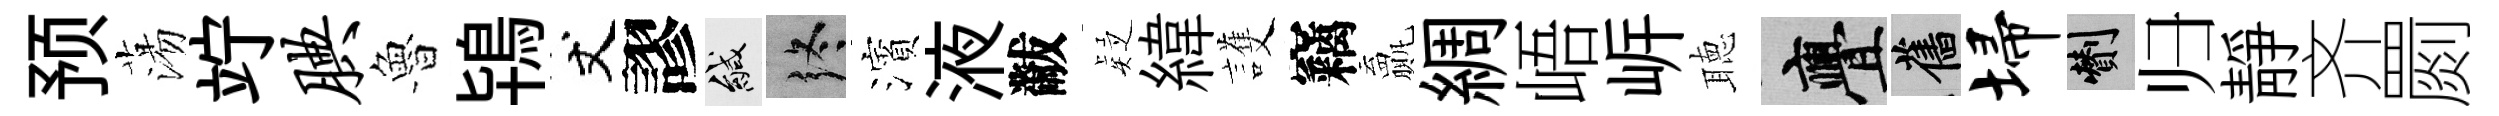
预蕩竚腆魯鴇丈謬緘终濱液黻疑緯護竊贏綢峿㟁聴亹舊埽剪归靜齐罽